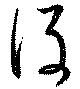
後